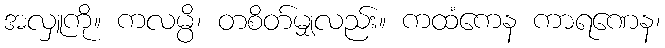
အလှူကို။ ကလမ္ပိ၊ တစိတ်မျှလည်း။ ကထံကေန ကာရဏေန၊